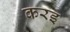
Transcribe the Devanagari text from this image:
करइ